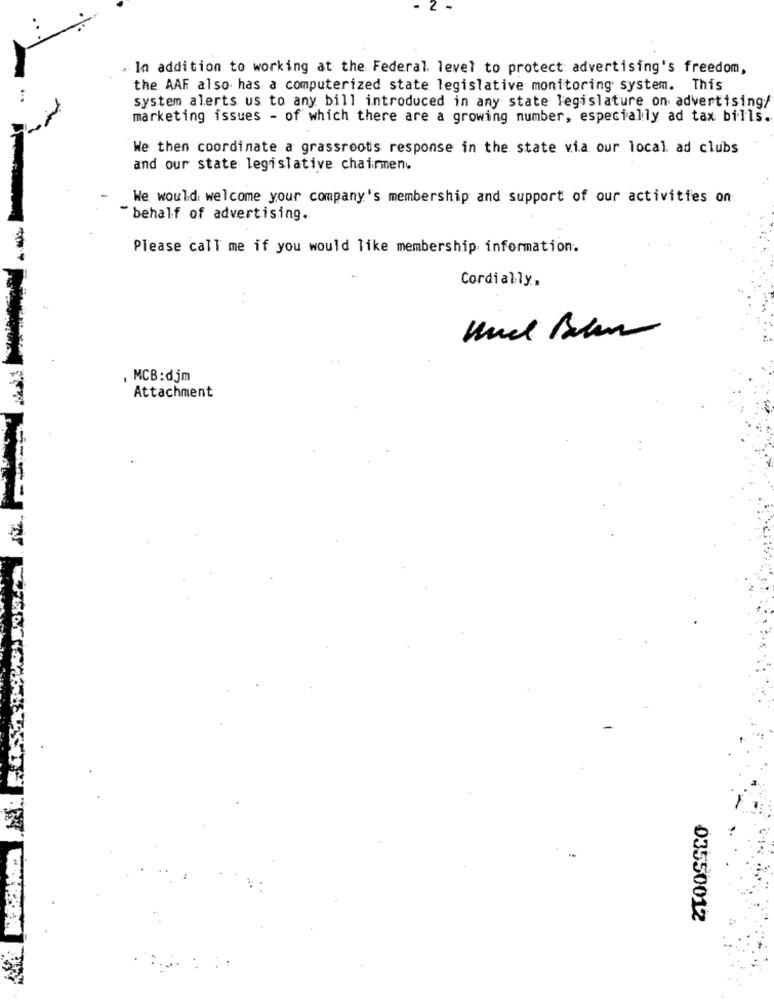
2.
. In addition to working at the Federal. level to protect advertising's freedom,
the AAF also has a computerized state legislative monitoring system. This
system alerts us to any bill introduced in any state legislature on advertising/
marketing issues - of which there are a growing number, especially ad tax bills.
We then coordinate a grassroots response in the state via our local. ad clubs
and our state legislative chairmen.
We would welcome your company's membership and support of our activities on
behalf of advertising.
Please call me if you would like membership information.
Cordially,
, MCB:djm
Attachment
03550012